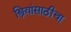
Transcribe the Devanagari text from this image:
स्त्रियांसाठीचा